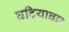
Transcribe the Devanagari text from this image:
घटियाघाट